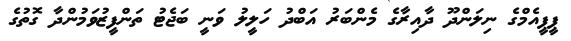
ޕީޕީއެމްގެ ނިލަންދޫ ދާއިރާގެ މެންބަރު އަބްދު ހަލީލު ވަނީ ބަޖެޓު ތަންފީޒުވަމުންދާ ގޮތުގެ